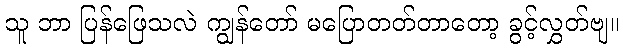
သူ ဘာ ပြန်ဖြေသလဲ ကျွန်တော် မပြောတတ်တာတော့ ခွင့်လွှတ်ဗျ။